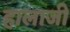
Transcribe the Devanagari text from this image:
हालाजी